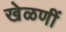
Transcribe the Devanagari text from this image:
खेळणीं